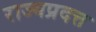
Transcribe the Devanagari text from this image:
राज्यप्रदत्त